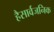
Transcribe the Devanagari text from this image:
हैसार्वजनिक